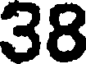
38